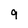
Character: 9